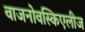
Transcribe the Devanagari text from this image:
वाजनोवस्किएलीज